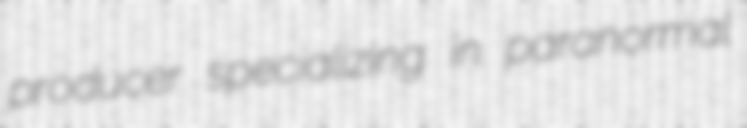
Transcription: producer specializing in paranormal